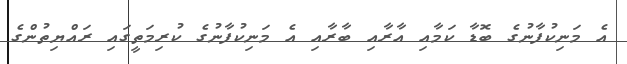
އެ މަނިކުފާނުގެ ބޮޑާ ކަމާއި އާރާއި ބާރާއި އެ މަނިކުފާނުގެ ކުރިމަތީގައި ރައްޔިތުންގެ